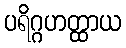
ပရိဂ္ဂဟတ္ထာယ